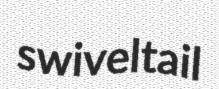
swiveltail